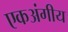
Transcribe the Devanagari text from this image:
एकअंगीय